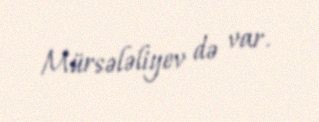
Mürsələliyev də var.